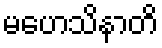
မဟေသိနာတိ